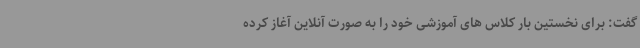
گفت: برای نخستین بار کلاس های آموزشی خود را به صورت آنلاین آغاز کرده